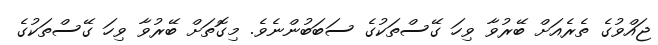
ޖައްވުގެ ތެރެއަށް ބޭރުވާ ވިހަ ގޭސްތަކުގެ ސަބަބުންނެވެ. މިގޮތަށް ބޭރުވާ ވިހަ ގޭސްތަކުގެ